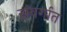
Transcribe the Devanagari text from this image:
संवर्गात